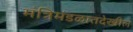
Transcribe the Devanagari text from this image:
मंत्रिमंडळातदेखील